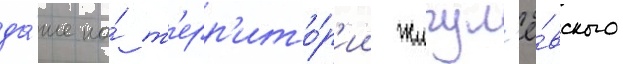
да́же на́ т'ерр'ито́р'ии жигул'ё́вского